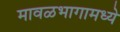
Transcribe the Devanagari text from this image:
मावळभागामध्ये